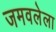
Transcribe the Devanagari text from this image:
जमवलेला